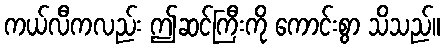
ကယ်လီကလည်း ဤဆင်ကြီးကို ကောင်းစွာ သိသည်။